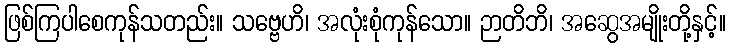
ဖြစ်ကြပါစေကုန်သတည်း။ သဗ္ဗေဟိ၊ အလုံးစုံကုန်သော။ ဉာတိဘိ၊ အဆွေအမျိုးတို့နှင့်။